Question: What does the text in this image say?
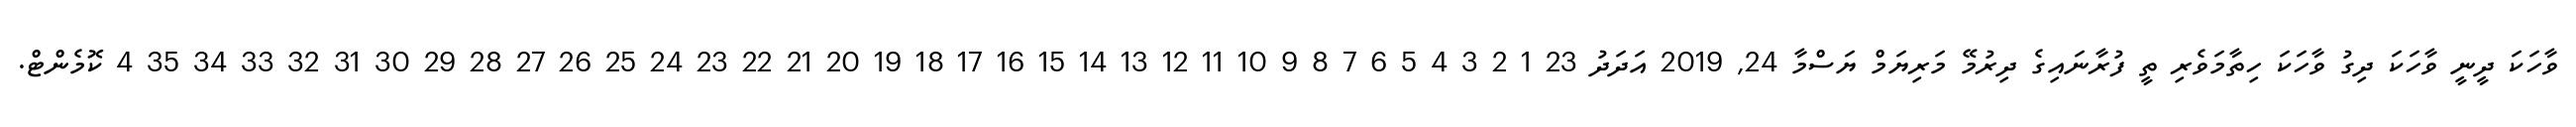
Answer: ވާހަކަ ދީނީ ވާހަކަ ދިގު ވާހަކަ ހިތާމަވެރި ތީ ފުރާނައިގެ ދިރުމޭ މަރިޔަމް ޔަސްމާ 24, 2019 އަދަދު 23 1 2 3 4 5 6 7 8 9 10 11 12 13 14 15 16 17 18 19 20 21 22 23 24 25 26 27 28 29 30 31 32 33 34 35 4 ކޮމެންޓް.